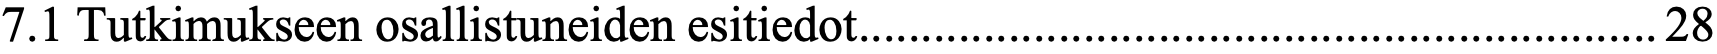
7.1 Tutkimukseen osallistuneiden esitiedot ................................................................ 28